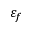
\varepsilon _ { f }